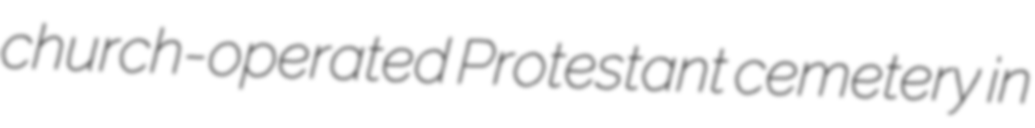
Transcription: church-operated Protestant cemetery in